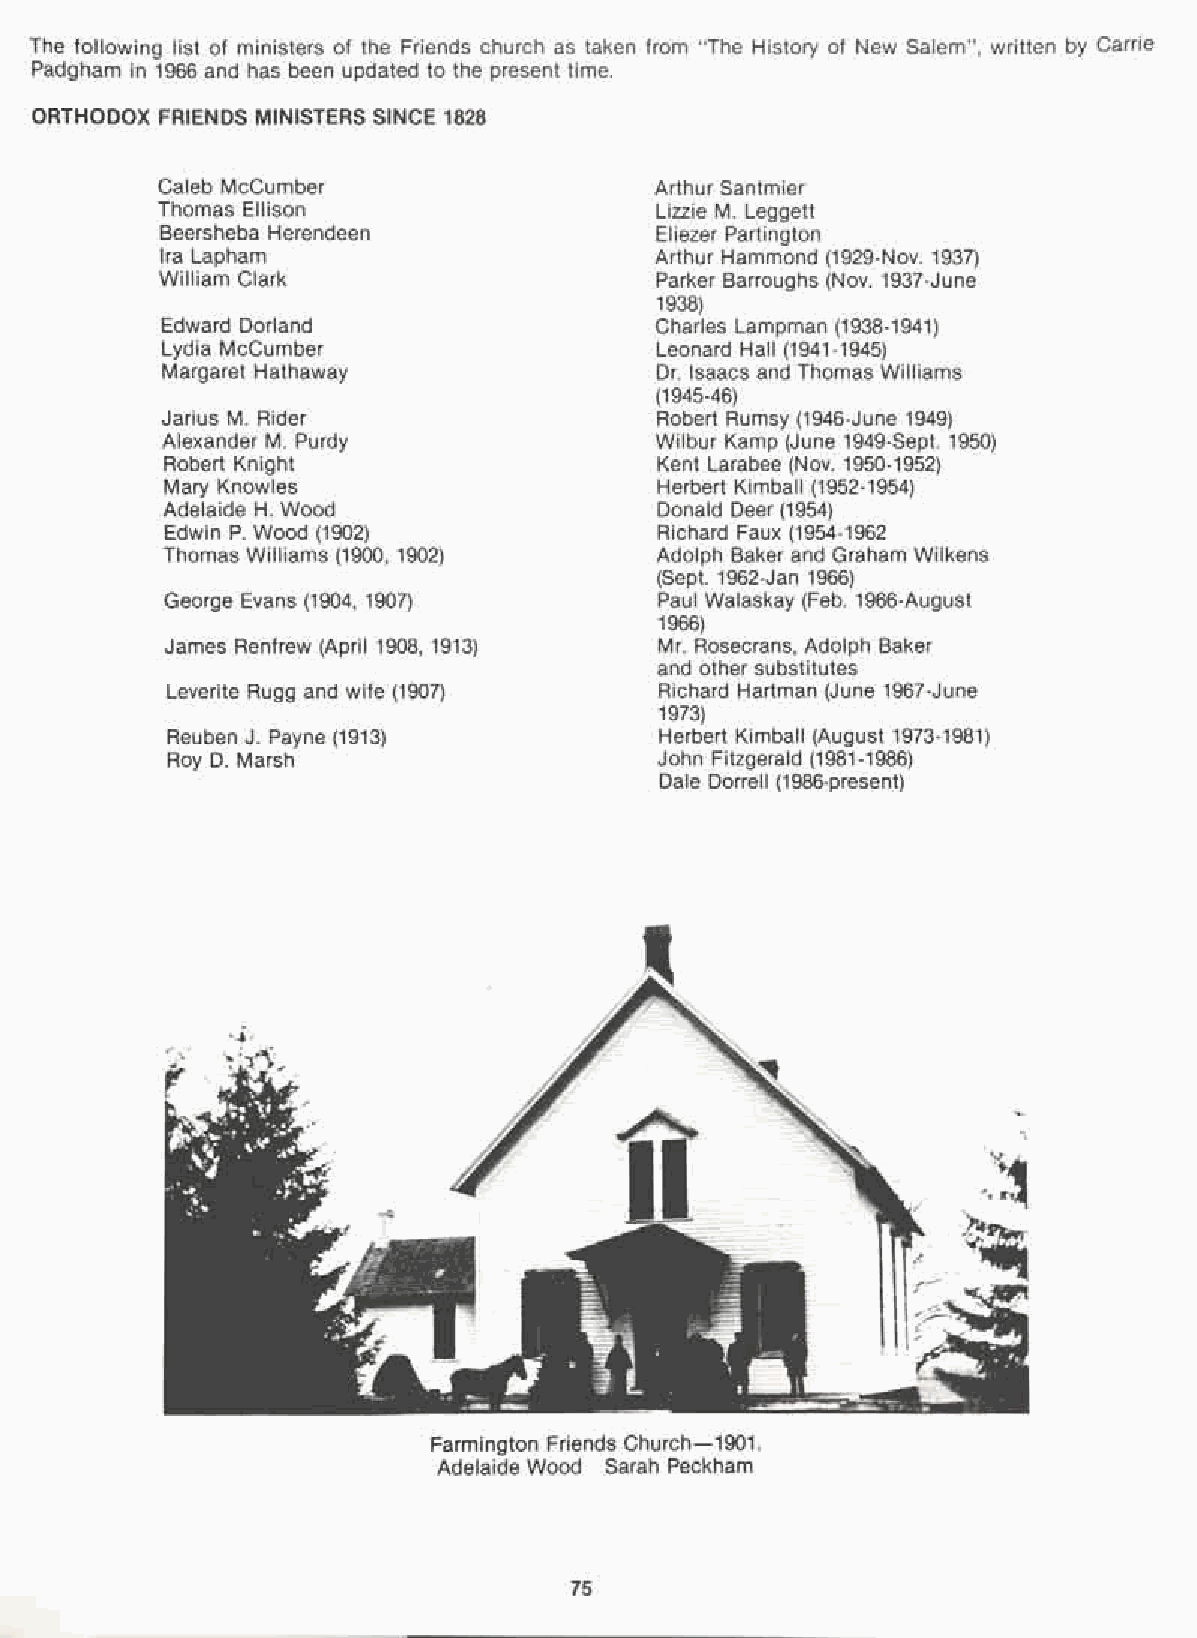
The following list of ministers of the Friends church as taken from "The History of New Salem", written by Carrie
 Padgham in 1966 and has been updated to the present time.
 ORTHODOX FRIENDS MINISTERS SINCE 1828
 Caleb McCumber                   Arthur Santmier
 Thomas Ellison                   Lizzie M. Leggett
 Beersheba Herendeen             Eliezer Partington
 Ira Lapham                      Arthur Hammond (1929-Nov. 1937)
 William Clark                   Parker Barroughs (Nov. 1937-June
 1938)
 Edward Dorland                  Charles Lampman (1938-1941)
 Lydia McCumber                  Leonard Hall (1941-1945)
 Margaret Hathaway               Dr. Isaacs and Thomas Williams
 (1945-46)
 Jarius M. Rider                 Robert Rumsy (1946-June 1949)
 Alexander M. Purdy              Wilbur Kamp (June 1949-Sept. 1950)
 Robert Knight                   Kent Larabee (Nov. 1950-1952)
 Mary Knowles                    Herbert Kimball (1952-1954)
 Adelaide H. Wood                Donald Deer (1954)
 Edwin P. Wood (1902)             Richard Faux (1954-1962
 Thomas Williams (1900, 1902)    Adolph Baker and Graham Wilkens
 (Sept. 1962-Jan 1966)
 George Evans (1904, 1907)        Paul Walaskay (Feb. 1966-August
 1966)
 James Renfrew (April 1908, 1913) Mr. Rosecrans, Adolph Baker
 and other substitutes
 Leverite Rugg and wife (1907)    Richard Hartman (June 1967-June
 1973)
 Reuben J. Payne (1913)           Herbert Kimball (August 1973-1981)
 Roy D. Marsh                     John Fitzgerald (1981-1986)
 Dale Dorrell (1986-present)
 Farmington Friends Church-1901.
 Adelaide Wood Sarah Peckham
 75